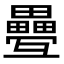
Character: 疉